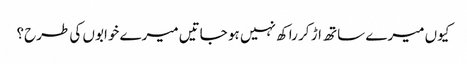
کیوں میرے ساتھ اڑ کر راکھ نہیں ہو جاتیں میرے خوابوں کی طرح؟